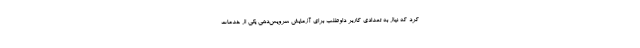
کرد که نیاز به تعدادی کاربر داوطلب برای آزمایش سرویس‌دهی یکی از خدمات